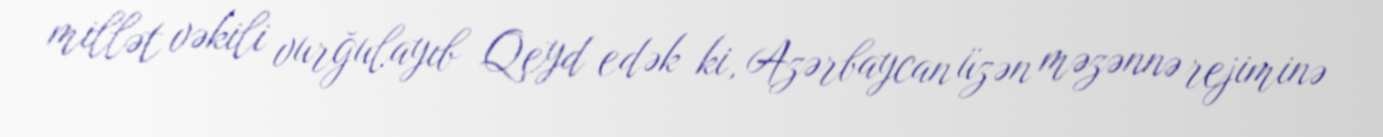
millət vəkili vurğulayıb Qeyd edək ki, Azərbaycan üzən məzənnə rejiminə